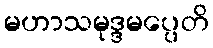
မဟာသမုဒ္ဒမပ္ပေတိ